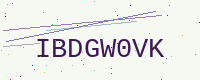
Text: IBDGW0VK